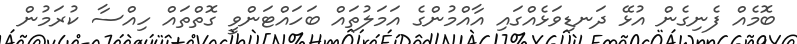
ބޮމެއް ފެނިގެން އުޅޭ ދަނޑިވަޅެއްގައި އާއްމުންގެ އަމަލުތައް ބަހައްޓަންވީ ގޮތްތައް ހިއްސާ ކުރަމުން